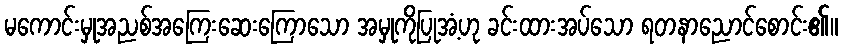
မကောင်းမှုအညစ်အကြေးဆေးကြောသော အမှုကိုပြုအံ့ဟု ခင်းထားအပ်သော ရတနာညောင်စောင်း၏။